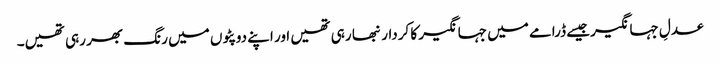
عدلِ جہانگیرجیسے ڈرامے میں جہانگیر کا کردار نبھا رہی تھیں اور اپنے دوپٹوں میں رنگ بھر رہی تھیں۔